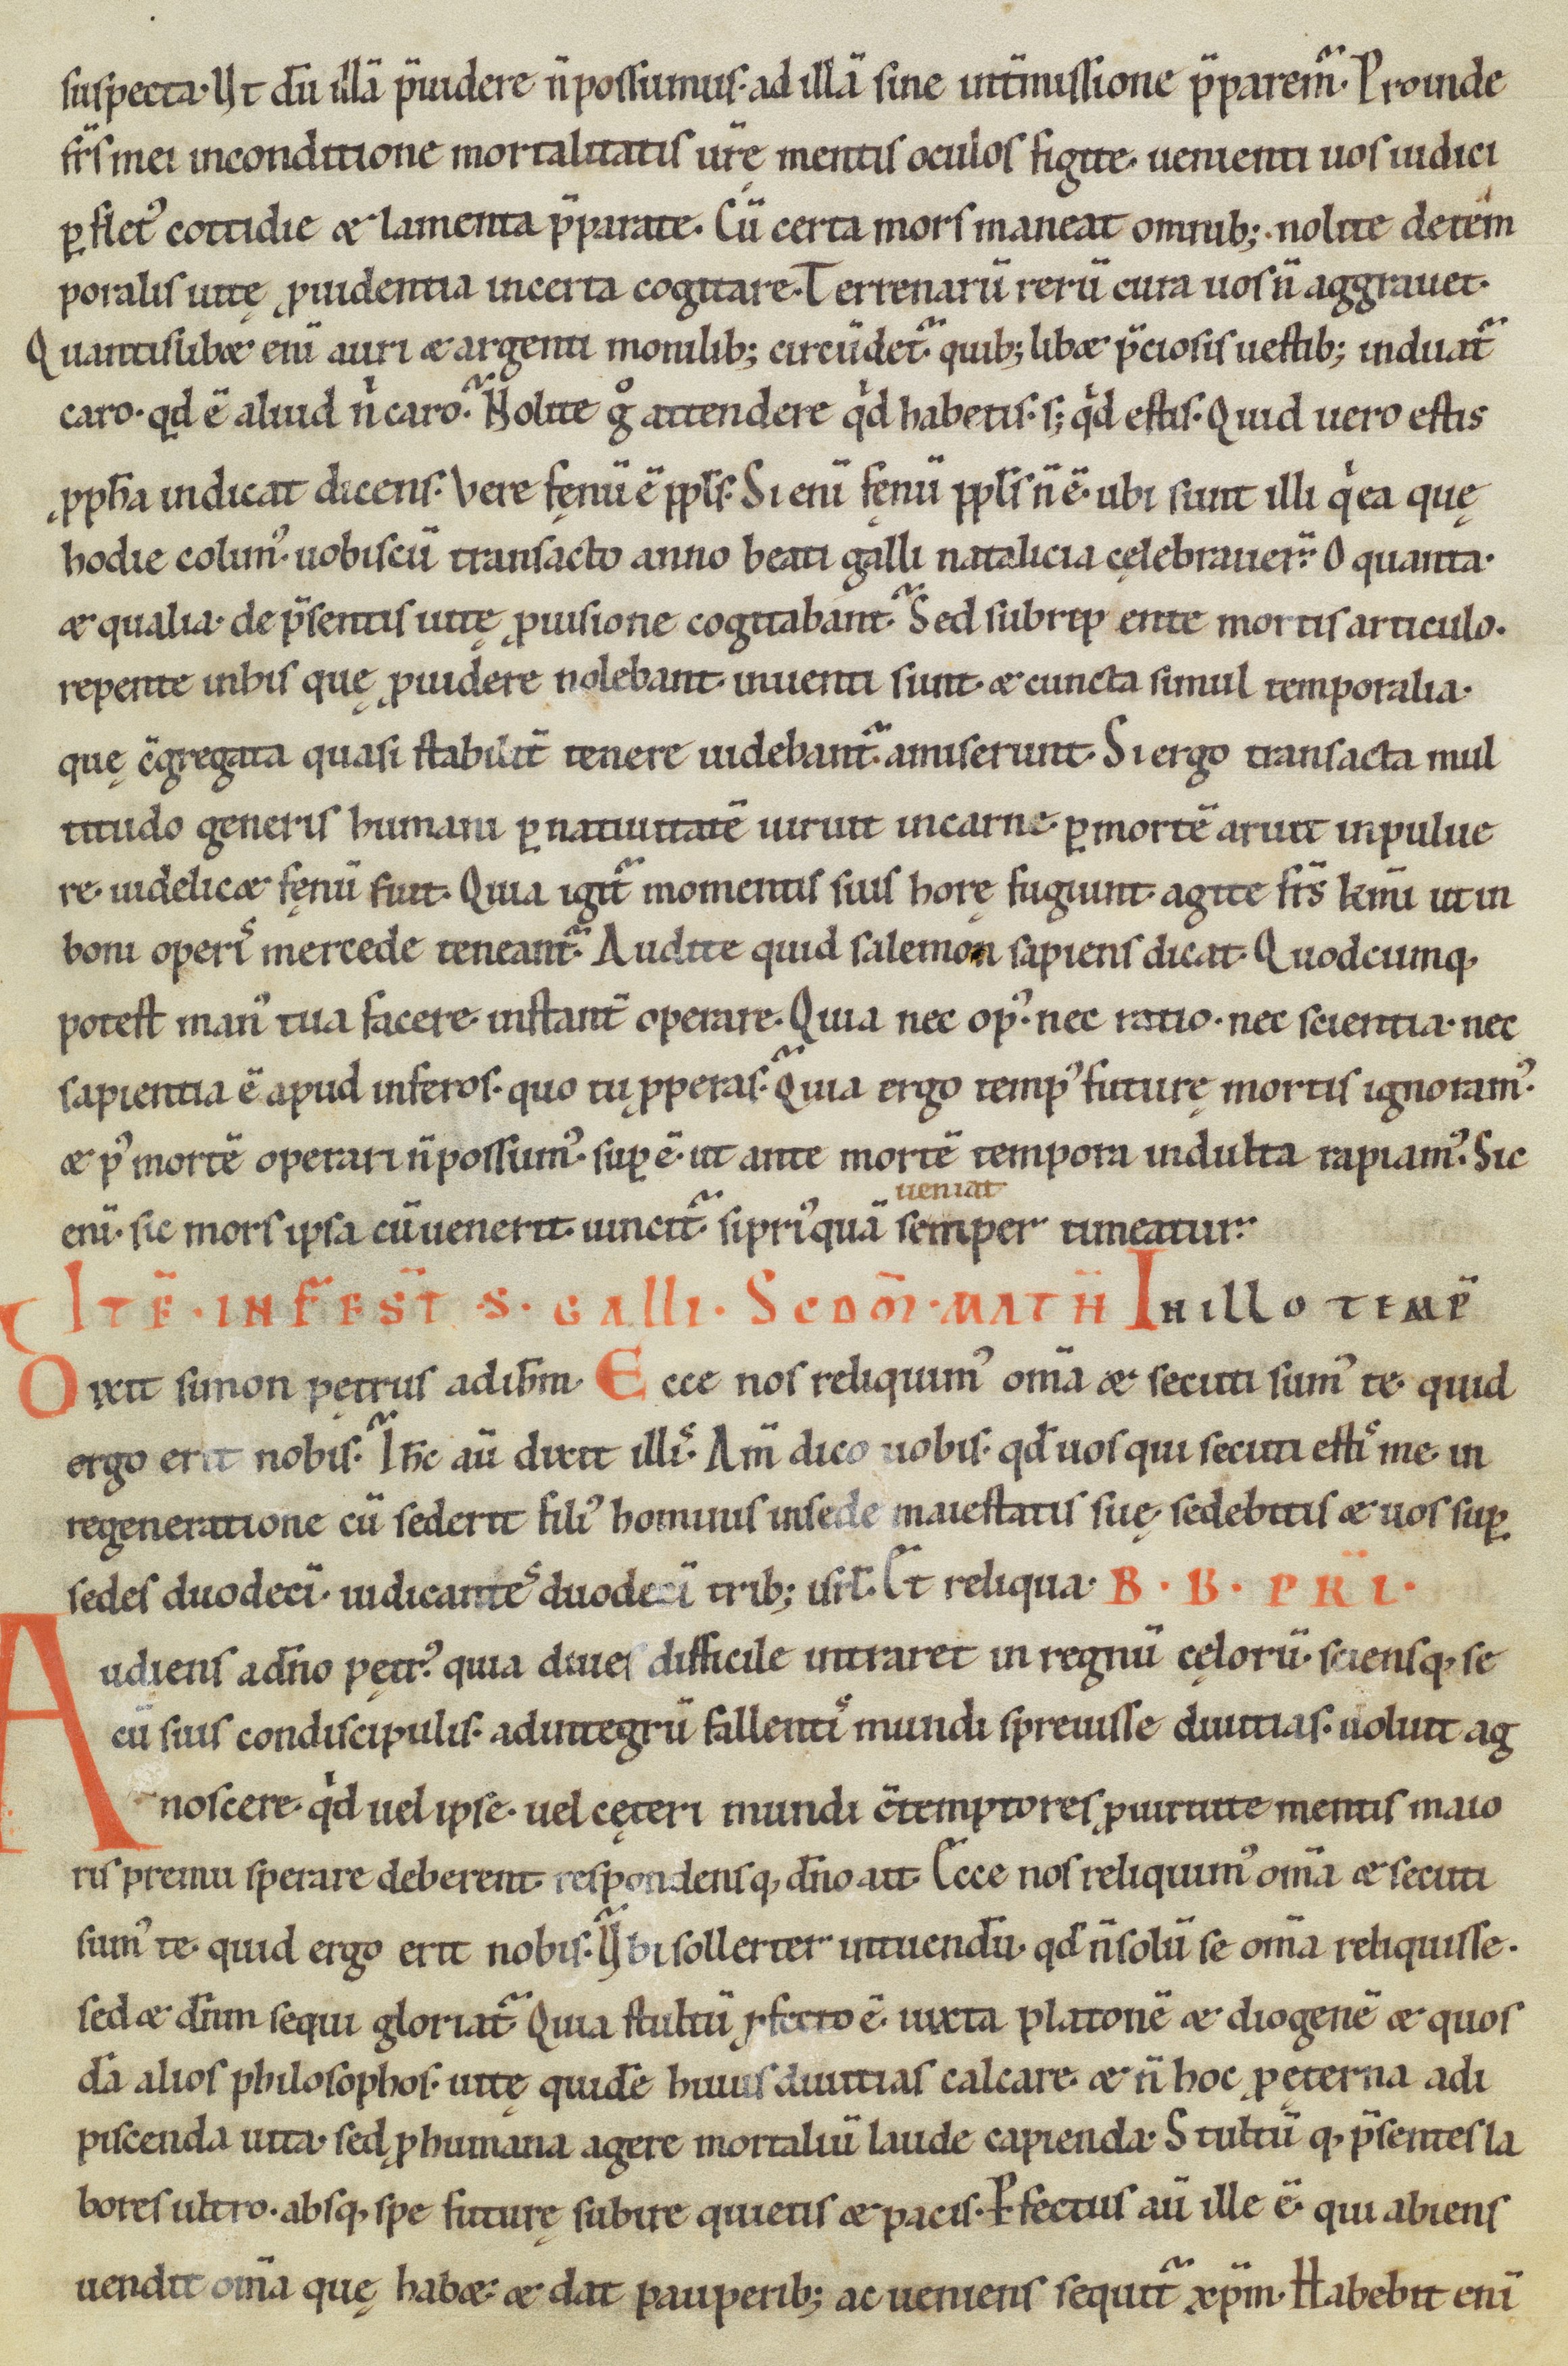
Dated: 1100–1199